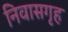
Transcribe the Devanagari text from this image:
निवासगृह